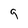
Character: q